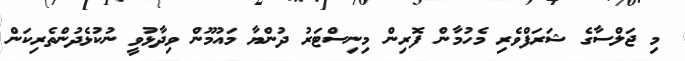
މި ޖަލްސާގެ ޝަރަފްވެރި މެހުމާން ފޮރިން މިނިސްޓަރު ދުންޔާ މައުމޫން ވިދާޅުވީ ނުކުޅެދުންތެރިކަން